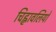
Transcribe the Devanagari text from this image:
चिह्नावलियों